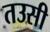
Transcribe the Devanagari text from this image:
तउसी